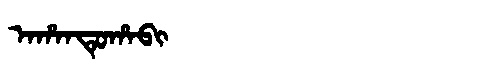
Manchu: ᠠᡥᠠᠨᡨᡠᡥᠠᠪᡳ
Romanization: AHANTUHABI